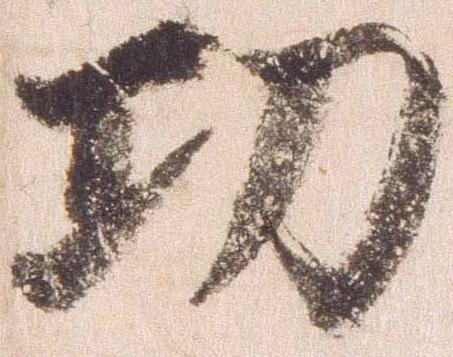
功